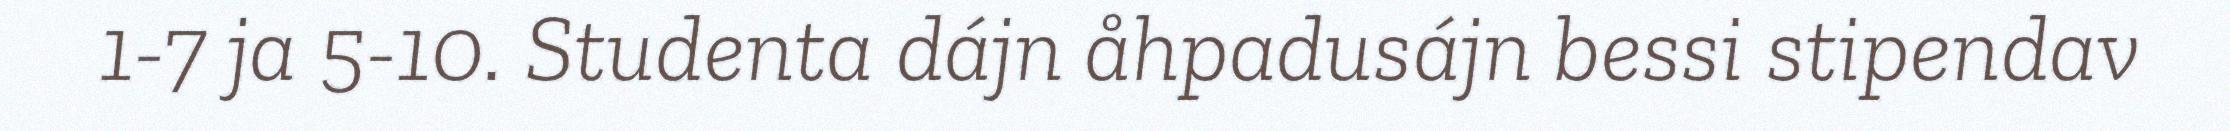
1-7 ja 5-10. Studenta dájn åhpadusájn bessi stipendav